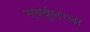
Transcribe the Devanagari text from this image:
सर्क्युलरला